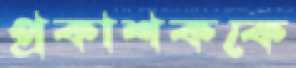
প্রকাশককে